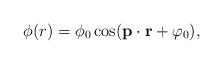
LaTeX: \begin{align*}\phi(r)=\phi_0\cos({\bf p}\cdot{\bf r}+\varphi_0),\end{align*}